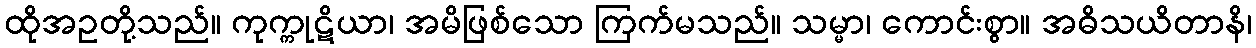
ထိုအဥတို့သည်။ ကုက္ကုဋိယာ၊ အမိဖြစ်သော ကြက်မသည်။ သမ္မာ၊ ကောင်းစွာ။ အဓိသယိတာနိ၊